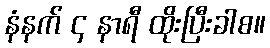
နံနက် ၄ နာရီ ထိုးပြီးခါစ။